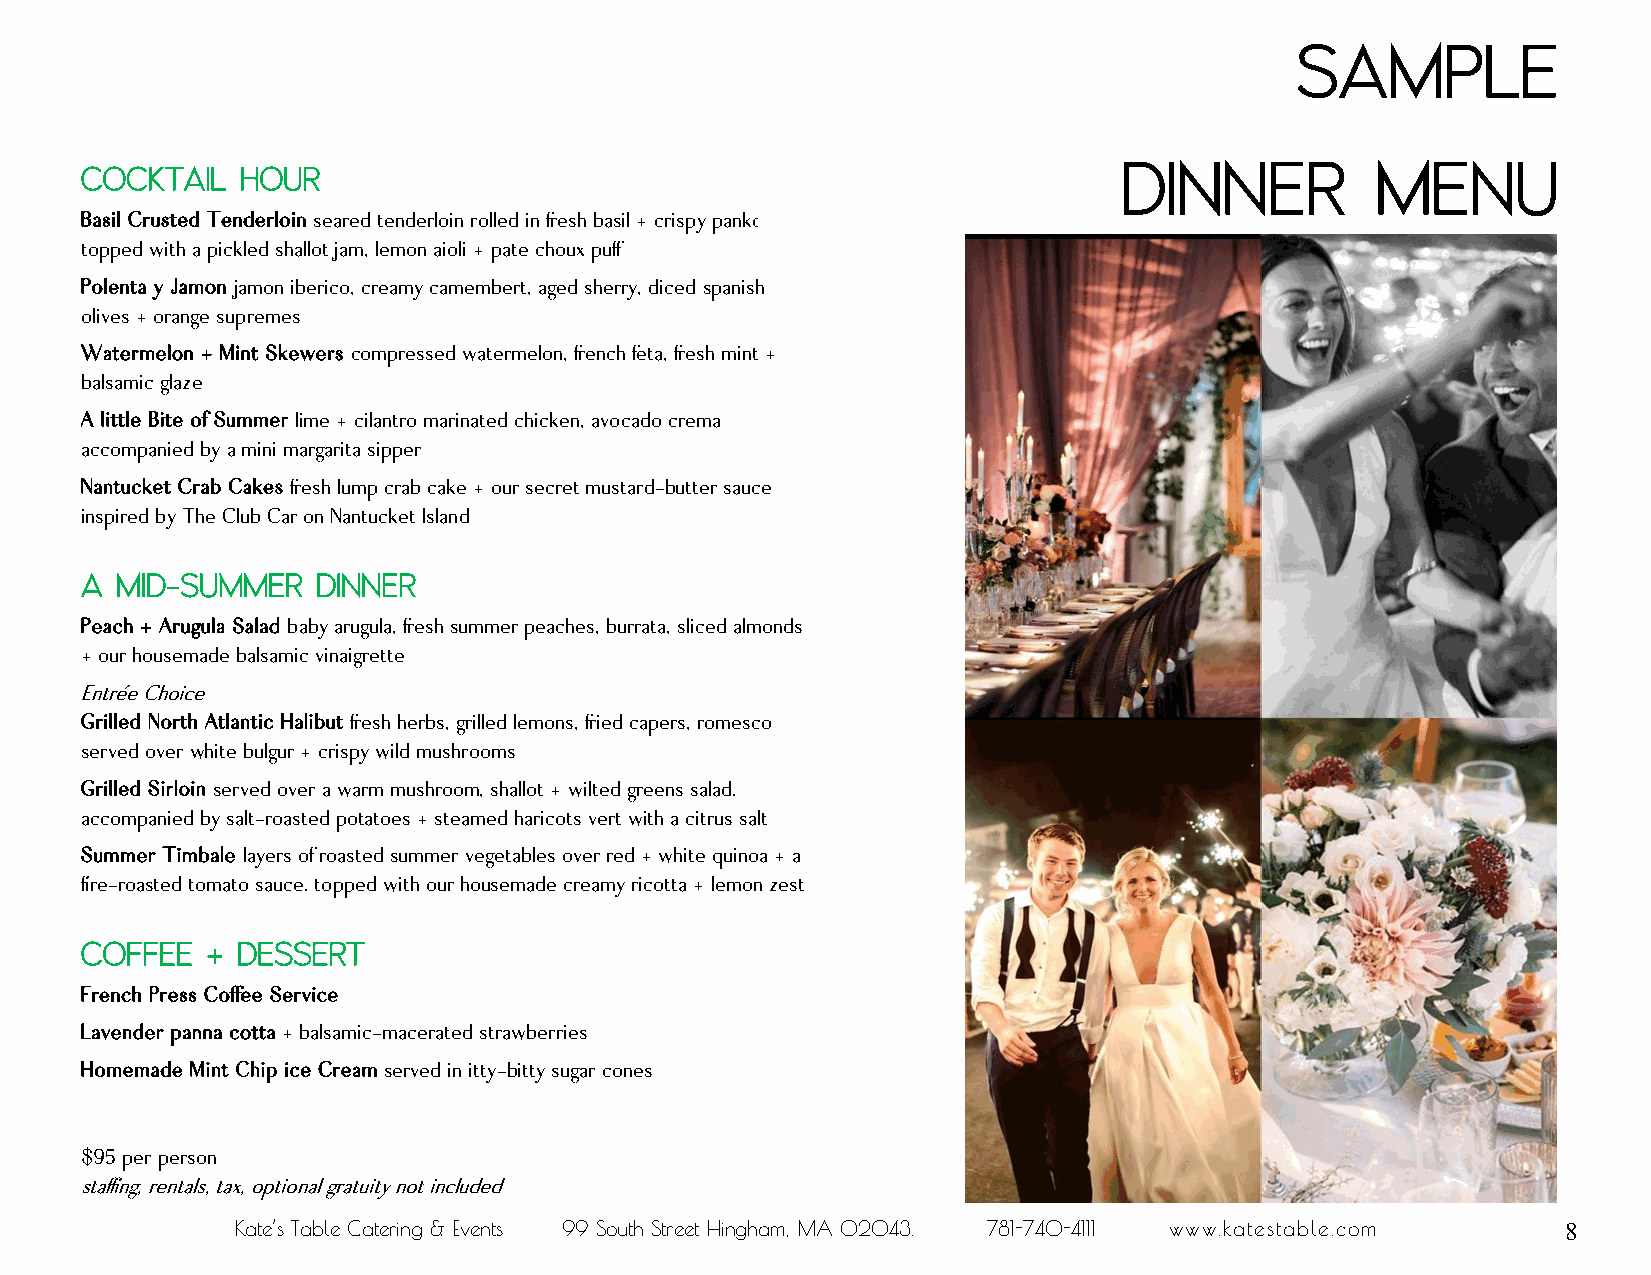
Sample
 Dinner           Menu
 Cocktail   Hour
 Basil Crusted Tenderloin seared tenderloin rolled in fresh basil + crispy panko
 topped with a pickled shallot jam, lemon aioli + pate choux puff
 Polenta y Jamon jamon iberico, creamy camembert, aged sherry, diced spanish
 olives + orange supremes
 Watermelon + Mint Skewers compressed watermelon, french feta, fresh mint +
 balsamic glaze
 A little Bite of Summer lime + cilantro marinated chicken, avocado crema
 accompanied by a mini margarita sipper
 Nantucket Crab Cakes fresh lump crab cake + our secret mustard-butter sauce
 inspired by The Club Car on Nantucket Island
 A  Mid-Summer   Dinner
 Peach + Arugula Salad baby arugula, fresh summer peaches, burrata, sliced almonds
 + our housemade balsamic vinaigrette
 Entrée Choice
 Grilled North Atlantic Halibut fresh herbs, grilled lemons, fried capers, romesco
 served over white bulgur + crispy wild mushrooms
 Grilled Sirloin served over a warm mushroom, shallot + wilted greens salad.
 accompanied by salt-roasted potatoes + steamed haricots vert with a citrus salt
 Summer Timbale layers of roasted summer vegetables over red + white quinoa + a
 fire-roasted tomato sauce. topped with our housemade creamy ricotta + lemon zest
 Coffee   + Dessert
 French Press Coffee Service
 Lavender panna cotta + balsamic-macerated strawberries
 Homemade Mint Chip ice Cream served in itty-bitty sugar cones
 $95 per person
 staffing, rentals, tax, optional gratuity not included
 Kate’s Table Catering & Events 99 South Street Hingham, MA 02043. 781-740-4111 www.katestable.com 8